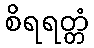
စိရရတ္တံ